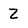
Character: Z